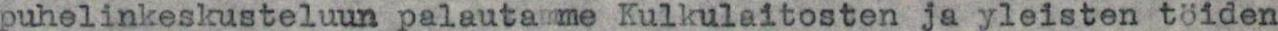
puhelinkeskusteluun palautamme Kulkulaitosten ja yleisten töiden